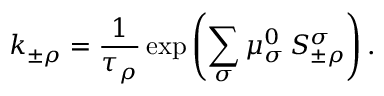
k _ { \pm \rho } = \frac { 1 } { \tau _ { \rho } } \exp \left( \sum _ { \sigma } \mu _ { \sigma } ^ { 0 } \, S _ { \pm \rho } ^ { \sigma } \right) .